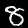
Digit: 8